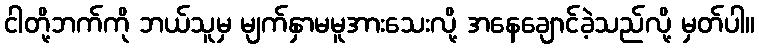
ငါတို့ဘက်ကို ဘယ်သူမှ မျက်နှာမမူအားသေးလို့ အနေချောင်ခဲ့သည်လို့ မှတ်ပါ။